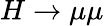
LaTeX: H\to\mu\mu